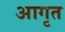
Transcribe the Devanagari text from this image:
आगृत